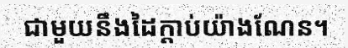
ជាមួយនឹងដៃក្តាប់យ៉ាងណែន។